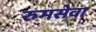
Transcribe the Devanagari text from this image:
रुमसेवा